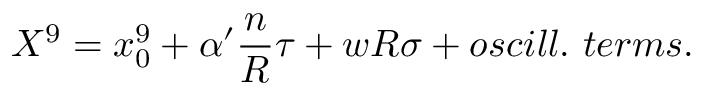
X ^ { 9 } = x _ { 0 } ^ { 9 } + \alpha ^ { \prime } { \frac { n } { R } } \tau + w R \sigma + o s c i l l . \ t e r m s .